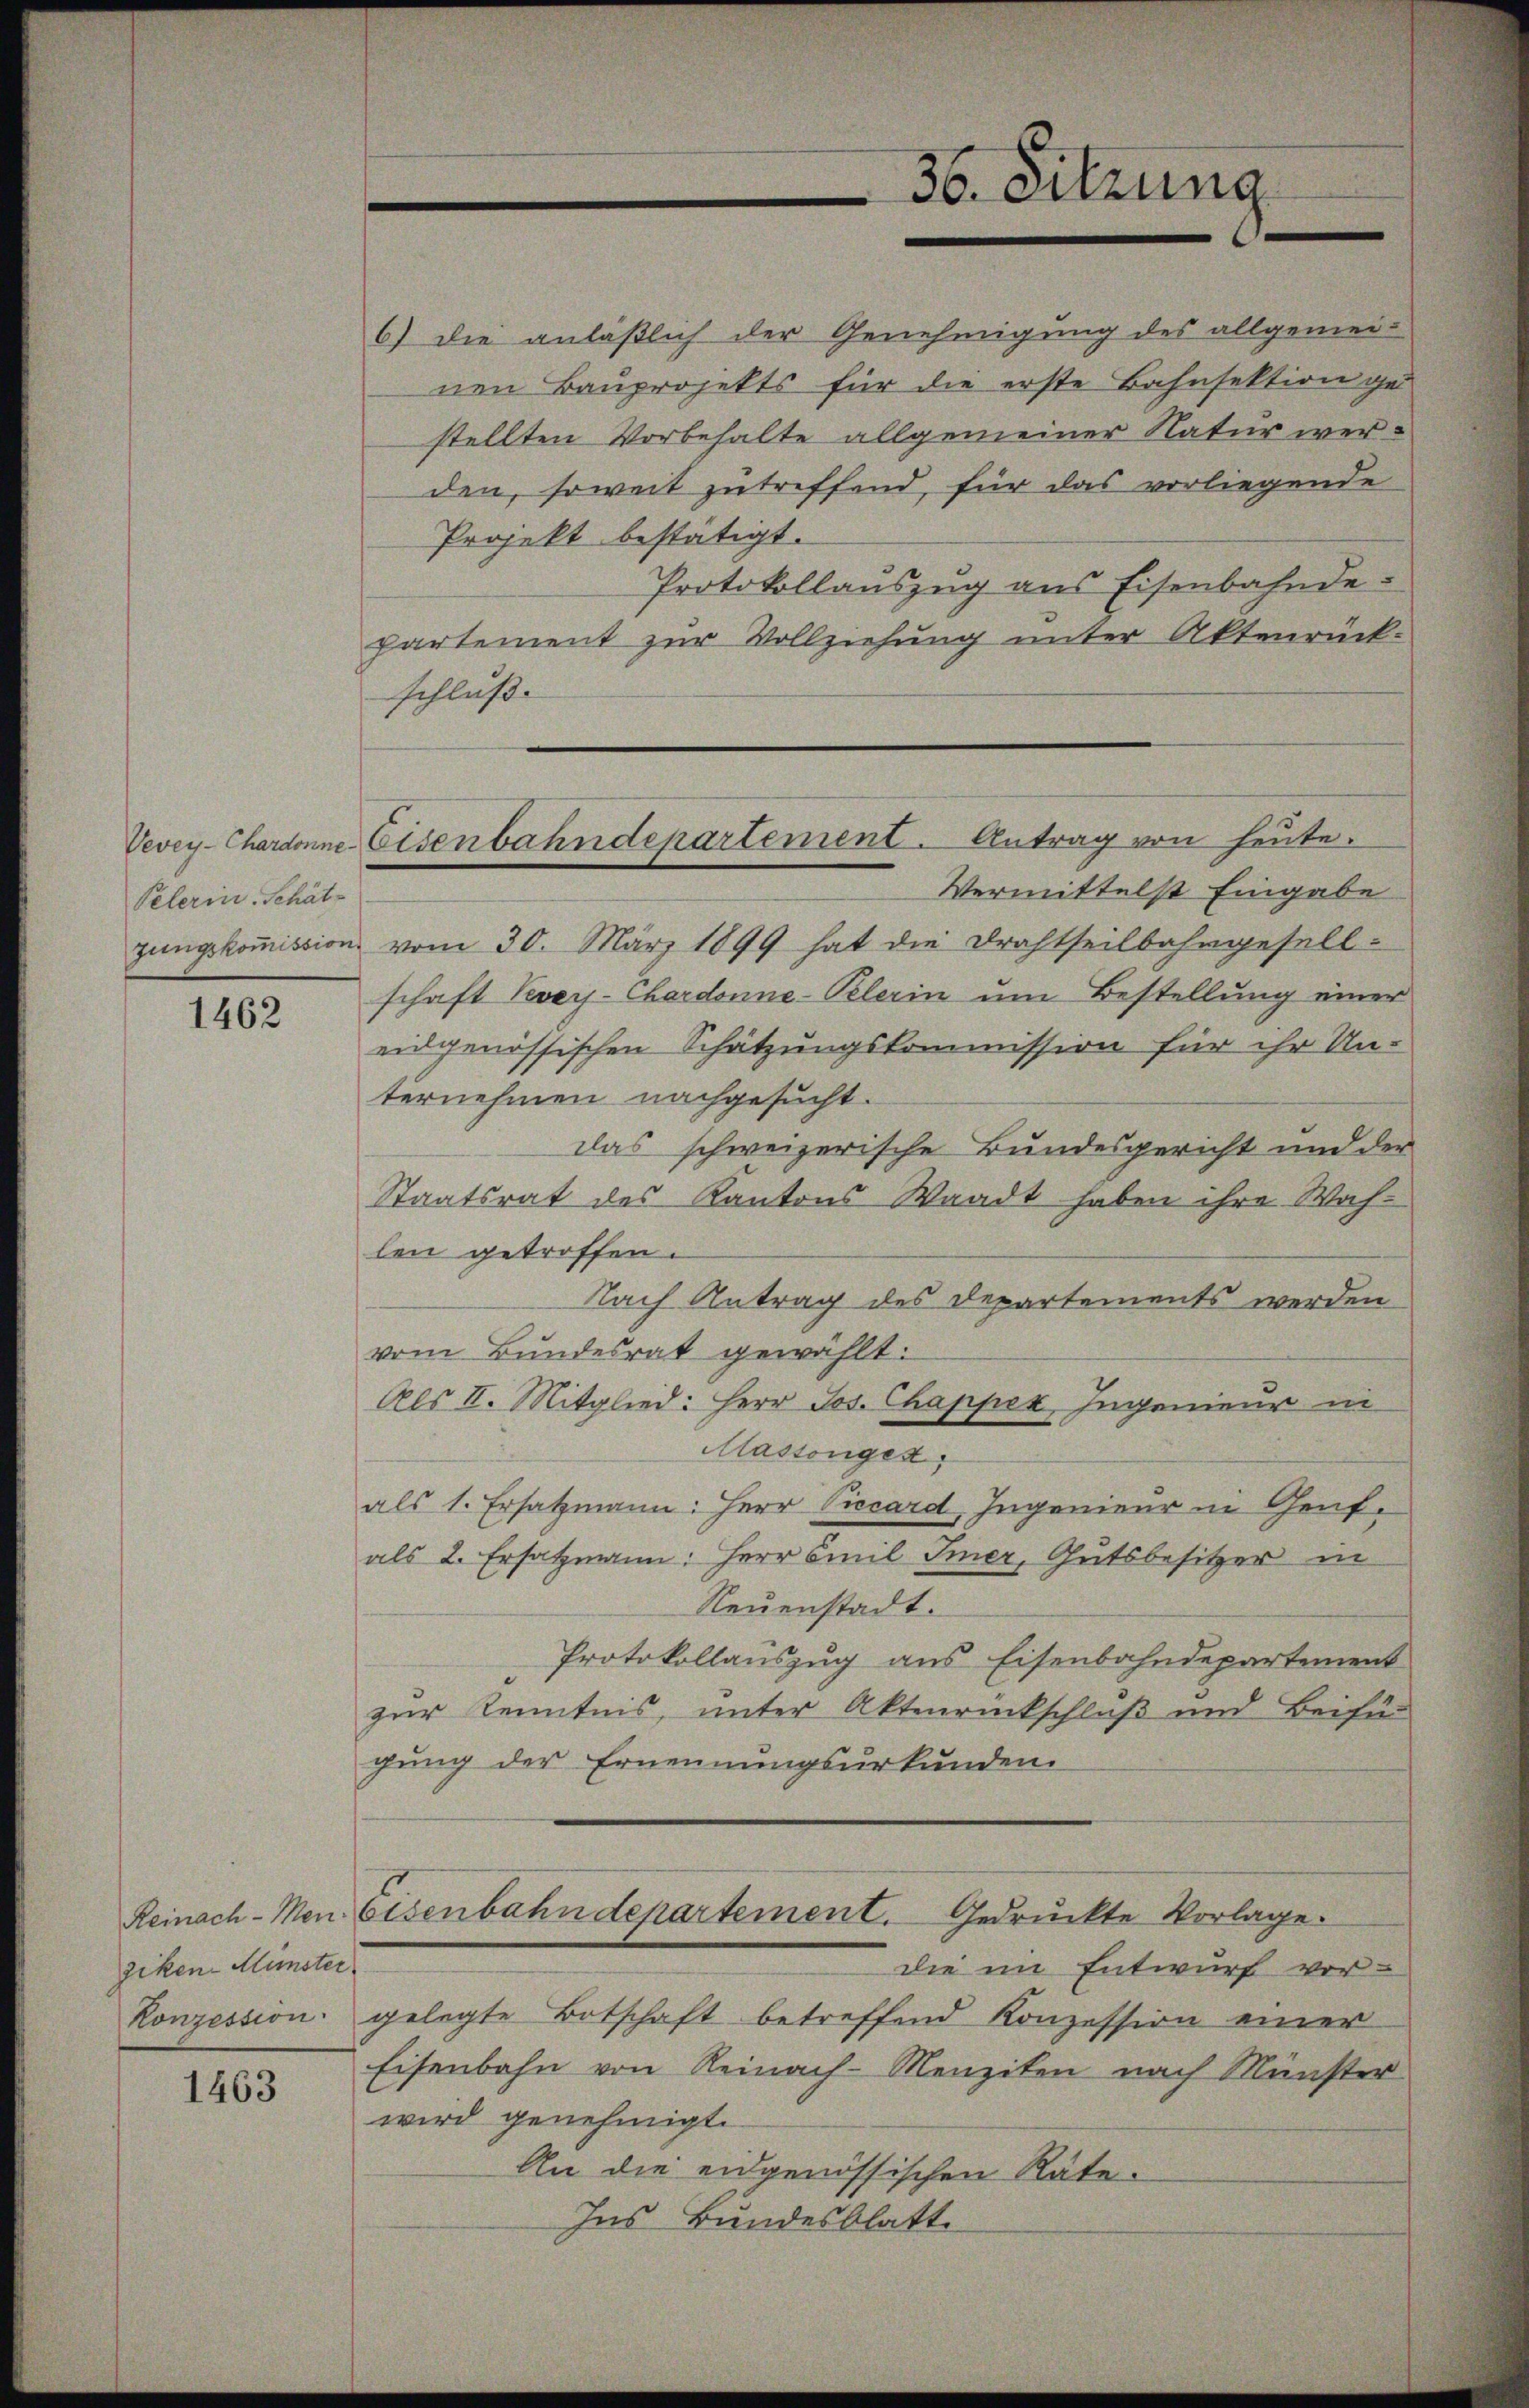
Pelerin Schät
zungskommission.

1462

ziken-Münster

1463

Projekt bestätigt.
Protokollauszug aus Eisenbahnde
partement zur Vollziehung unter Aktenrück-
schluß.
Vermittelst Eingabe
vom 30. März 1899 hat die Drahtseilbahngesell-
schaft Veveyj-Cherdonne-Pelerin um Bestellung einer
eidgenössischen Schätzungskommission für ihr Un-
ternehmen nachgesucht.
das schweizerische Bundesgericht und der
Staatsrat des Kantons Waadt haben ihre Wahlen getroffen.
Nach Antrag des Departements werden
vom Bundesrat gewählt:
Als II. Mitglied: Herr Jos. Chapper, Ingenieur in
Massenges
als 1. Ersatzmann: Herr Viccard, Ingenieur in Genfals 2. Ersatzmann: Herr Emil Imer, Gutsbesitzer in
Neuenstadt.
Protokollauszug aus Eisenbahndepartement
zur Kenntnis, unter Aktenrückschluß und Beifü
gung der Ernennungsurkunden.
Reinach-Men. Eisenbahndepartement. Gedruckte Vorlage.
die im Entwurf vor-
Konzession gelegte Botschaft betreffend Konzession einer
Eisenbahn von Reinach-Menziten nach Münster
wird genehmigt.
An die eidgenössischen Räte.

36. Sitzung

Vevey-Chardonne Eisenbahndepartement. Antrag von heute.

6) die anläßlich der Genehmigung des allgemeinen Bauprojekts für die erste Bahnsektion ge
stellten Vorbehalte allgemeiner Natur werden, soweit zutreffend, für das vorliegende